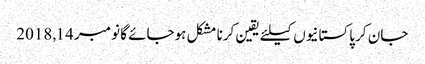
جان کر پاکستانیوں کیلئے یقین کرنا مشکل ہوجائے گا نومبر 14, 2018